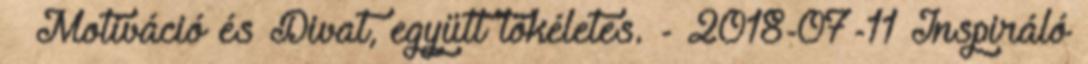
– Motiváció és Divat, együtt tökéletes. - 2018-07-11 Inspiráló